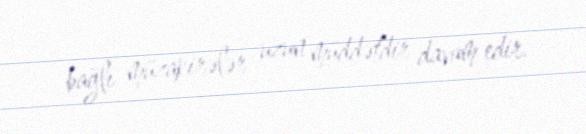
bağlı müzakirələr uzun müddətdir davam edir.